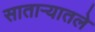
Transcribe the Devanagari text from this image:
साताऱ्यातले